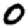
Digit: 0